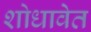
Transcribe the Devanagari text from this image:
शोधावेत